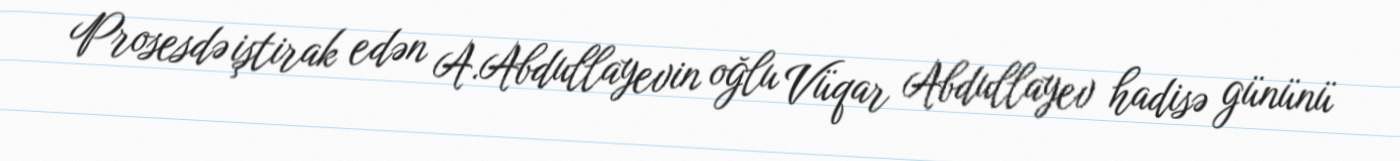
Prosesdə iştirak edən A.Abdullayevin oğlu Vüqar Abdullayev hadisə gününü